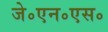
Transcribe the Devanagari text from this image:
जे॰एन॰एस॰